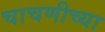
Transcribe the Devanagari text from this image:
चाचणीच्या